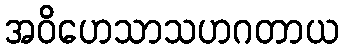
အဝိဟေသာသဟဂတာယ